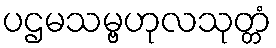
ပဌမသမ္ဗဟုလသုတ္တံ